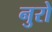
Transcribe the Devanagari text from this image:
नुरो